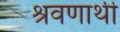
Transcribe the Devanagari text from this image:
श्रवणार्थी